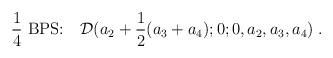
LaTeX: \begin{align*} {1\over 4} \mbox{ BPS:} \quad {\cal D}(a_2 + {1\over 2}(a_3+a_4);0;0,a_2,a_3,a_4)\;.\end{align*}